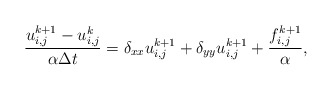
\begin{align*}\frac{u^{k+1}_{i,j} - u^k_{i,j} }{\alpha \Delta t}=\delta_{xx} u^{k+1}_{i,j} + \delta_{yy} u^{k+1}_{i,j} +\frac{f^{k+1}_{i,j}}{\alpha},\end{align*}